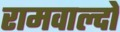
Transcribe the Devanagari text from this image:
रामवाल्दो